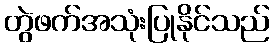
တွဲဖက်အသုံးပြုနိုင်သည်